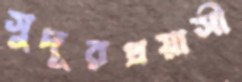
সুদূরপ্রয়াসী